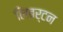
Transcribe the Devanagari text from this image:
लिबर्टन